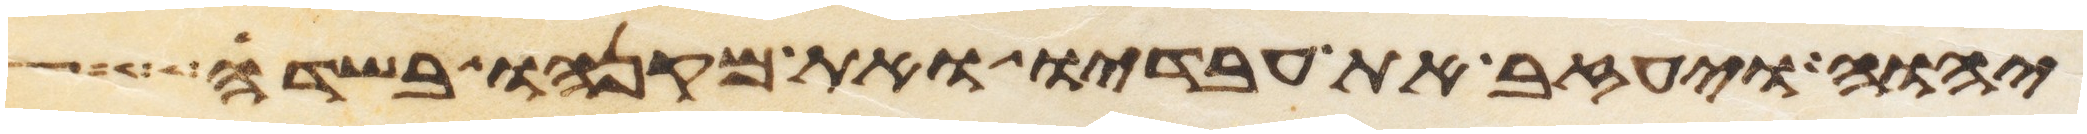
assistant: יהוה ויעזב את עבדיו ואת מקנהו בשדה